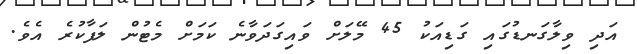
އަދި ވިލާގަނޑުގައި ގަޑިއަކު 45 މޭލަށް ވައިގަދަވާނެ ކަމަށް މެޓުން ލަފާކުރެ އެވެ.